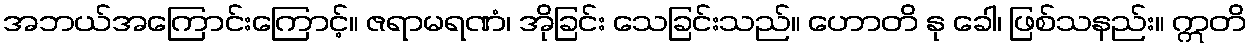
အဘယ်အကြောင်းကြောင့်။ ဇရာမရဏံ၊ အိုခြင်း သေခြင်းသည်။ ဟောတိ နု ခေါ၊ ဖြစ်သနည်း။ ဣတိ